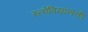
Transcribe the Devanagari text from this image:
स्लोवियान्स्की